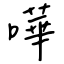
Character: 嘩